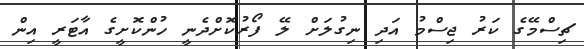
ޗިސްމޭގެ ކަރު ޖިސްމު އަދި ނިގުލަށް ލޭ ފޯރުކޮށްދެނީ ހުންކޮށީގެ އާޓަރީ އިން